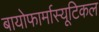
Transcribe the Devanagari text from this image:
बायोफार्मास्यूटिकल